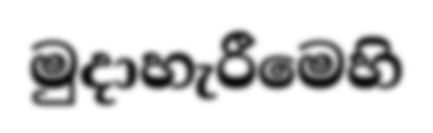
මුදාහැරීමෙහි